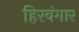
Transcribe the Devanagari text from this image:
हिरवंगार